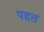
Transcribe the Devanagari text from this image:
पहत